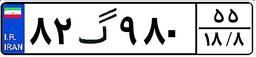
۱۰گ۷۸۸۸۳